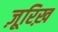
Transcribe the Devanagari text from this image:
ज़ूरिख़